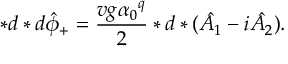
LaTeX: * d * d { \hat { \phi } } _ { + } = \frac { v g { \alpha _ { 0 } } ^ { q } } { 2 } * d * ( \hat { A _ { 1 } } - i \hat { A _ { 2 } } ) .